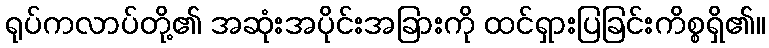
ရုပ်ကလာပ်တို့၏ အဆုံးအပိုင်းအခြားကို ထင်ရှားပြခြင်းကိစ္စရှိ၏။